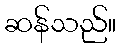
ဆန်သည်။